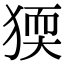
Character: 𤟦